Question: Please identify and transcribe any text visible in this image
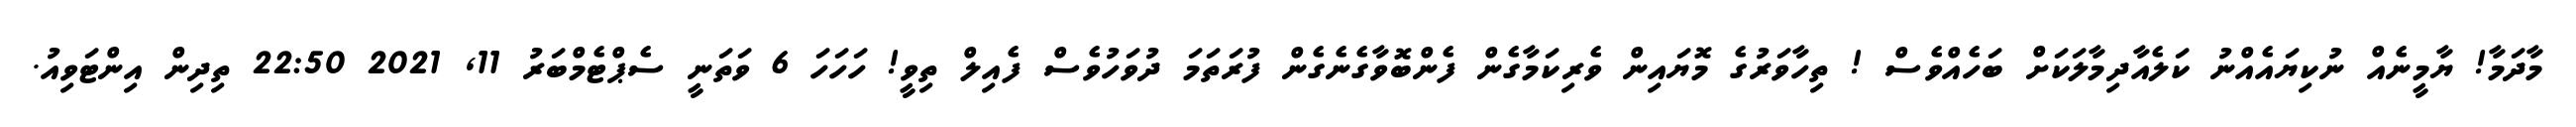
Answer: މާދަމާ! ޔާމީނެއް ނުކިޔައެއްނު ކަލެއާދިމާލަކަށް ބަހެއްވެސް ! ތިހާވަރުގެ މޮޔައިން ވެރިކަމާގެން ފެންބޮވާގެނެގެން ފުރަތަމަ ދުވަހުވެސް ފެއިލް ތިވީ! ހަހަހަ 6 ވަތަނީ ސެޕްޓެމްބަރު 11, 2021 22:50 ތިދިން އިންޓަވިއު.